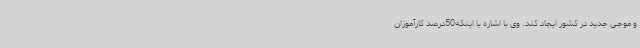
و موجی جدید در کشور ایجاد کند. وی با اشاره با اینکه50درصد کارآموزان